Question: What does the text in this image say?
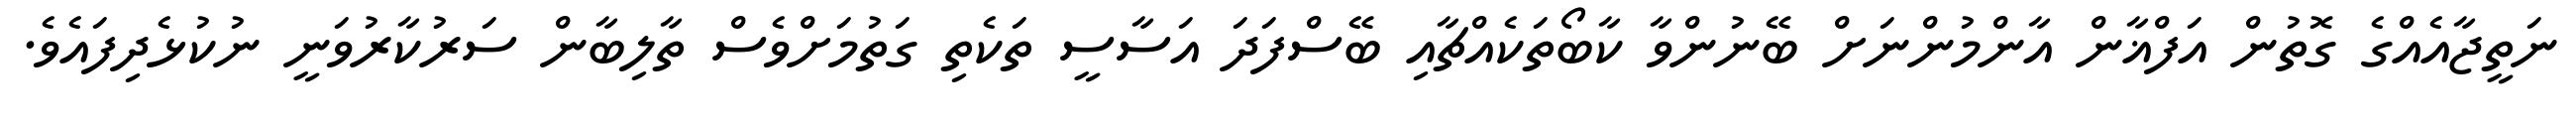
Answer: ނަތީޖާއެއްގެ ގޮތުން އަފްޣާން އާންމުންނަށް ބޭނުންވާ ކާބޯތަކެއްޗާއި ބޭސްފަދަ އަސާސީ ތަކެތި ގަތުމަށްވެސް ތާލިބާން ސަރުކާރުވަނީ ނުކުޅެދިފައެވެ.